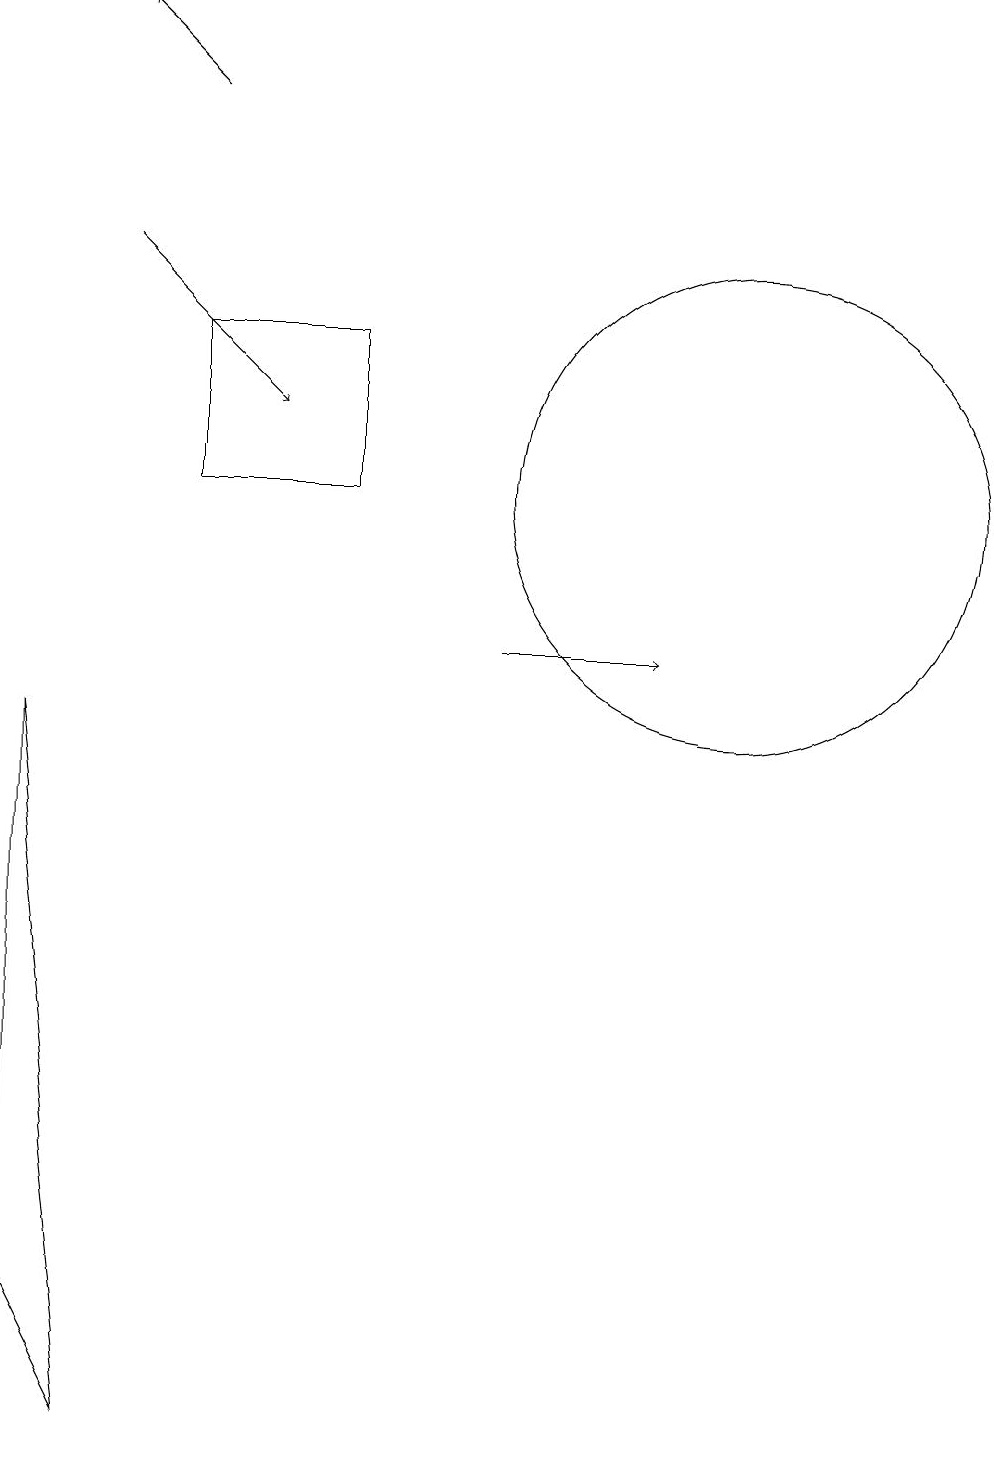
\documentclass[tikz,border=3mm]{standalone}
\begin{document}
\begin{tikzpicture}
\draw[->] (7,10) -- (9,10);
\draw (10,12) circle (3);
\draw (1,2) -- (1,9) -- (2,0) -- cycle;
\draw[->] (3,17) -- (2,18);
\draw (5,12) rectangle (3,14);
\draw[->] (2,15) -- (4,13);
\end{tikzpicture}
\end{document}